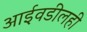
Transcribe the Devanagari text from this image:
आईवडीलही